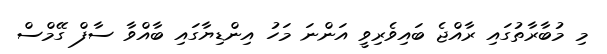
މި މުބާރާތުގައި ރާއްޖެ ބައިވެރިވީ އަންނަ މަހު އިންޑިޔާގައި ބާއްވާ ސާފް ގޭމްސް